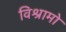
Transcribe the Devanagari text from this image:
विश्रामो